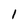
Character: 1